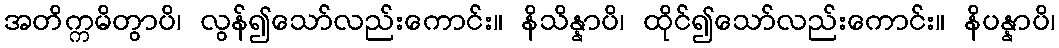
အတိက္ကမိတွာပိ၊ လွန်၍သော်လည်းကောင်း။ နိသိန္နာပိ၊ ထိုင်၍သော်လည်းကောင်း။ နိပန္နာပိ၊